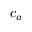
c _ { a }